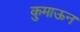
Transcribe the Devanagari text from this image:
कुमाऊन